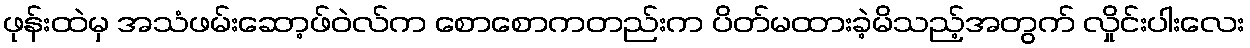
ဖုန်းထဲမှ အသံဖမ်းဆော့ဖ်ဝဲလ်က စောစောကတည်းက ပိတ်မထားခဲ့မိသည့်အတွက် လှိုင်းပါးလေး